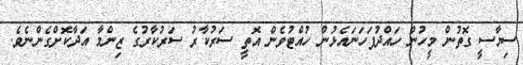
ސިޔާސީ ގޮތުން މީހުން ހައްދުފަހަނައެޅުން ހުއްޓުވެން އޮތީ ސަރުކާރު ސަރުކާރުގެ ޒިންމާ އަދާކޮށްގެންނެވެ.